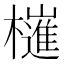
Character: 𣝤